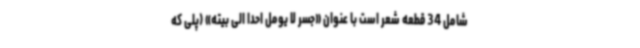
شامل 34 قطعه شعر است با عنوان «جسر لا یومل احداً الی بیته» (پلی که